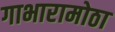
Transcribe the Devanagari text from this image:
गाभारामोठा